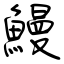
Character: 鰻